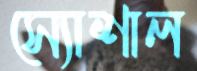
স্যোশাল